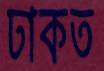
ঢাকত